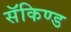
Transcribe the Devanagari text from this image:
सॅकिण्ड